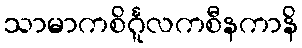
သာမာကစိင်္ဂူလကစီနကာနိ